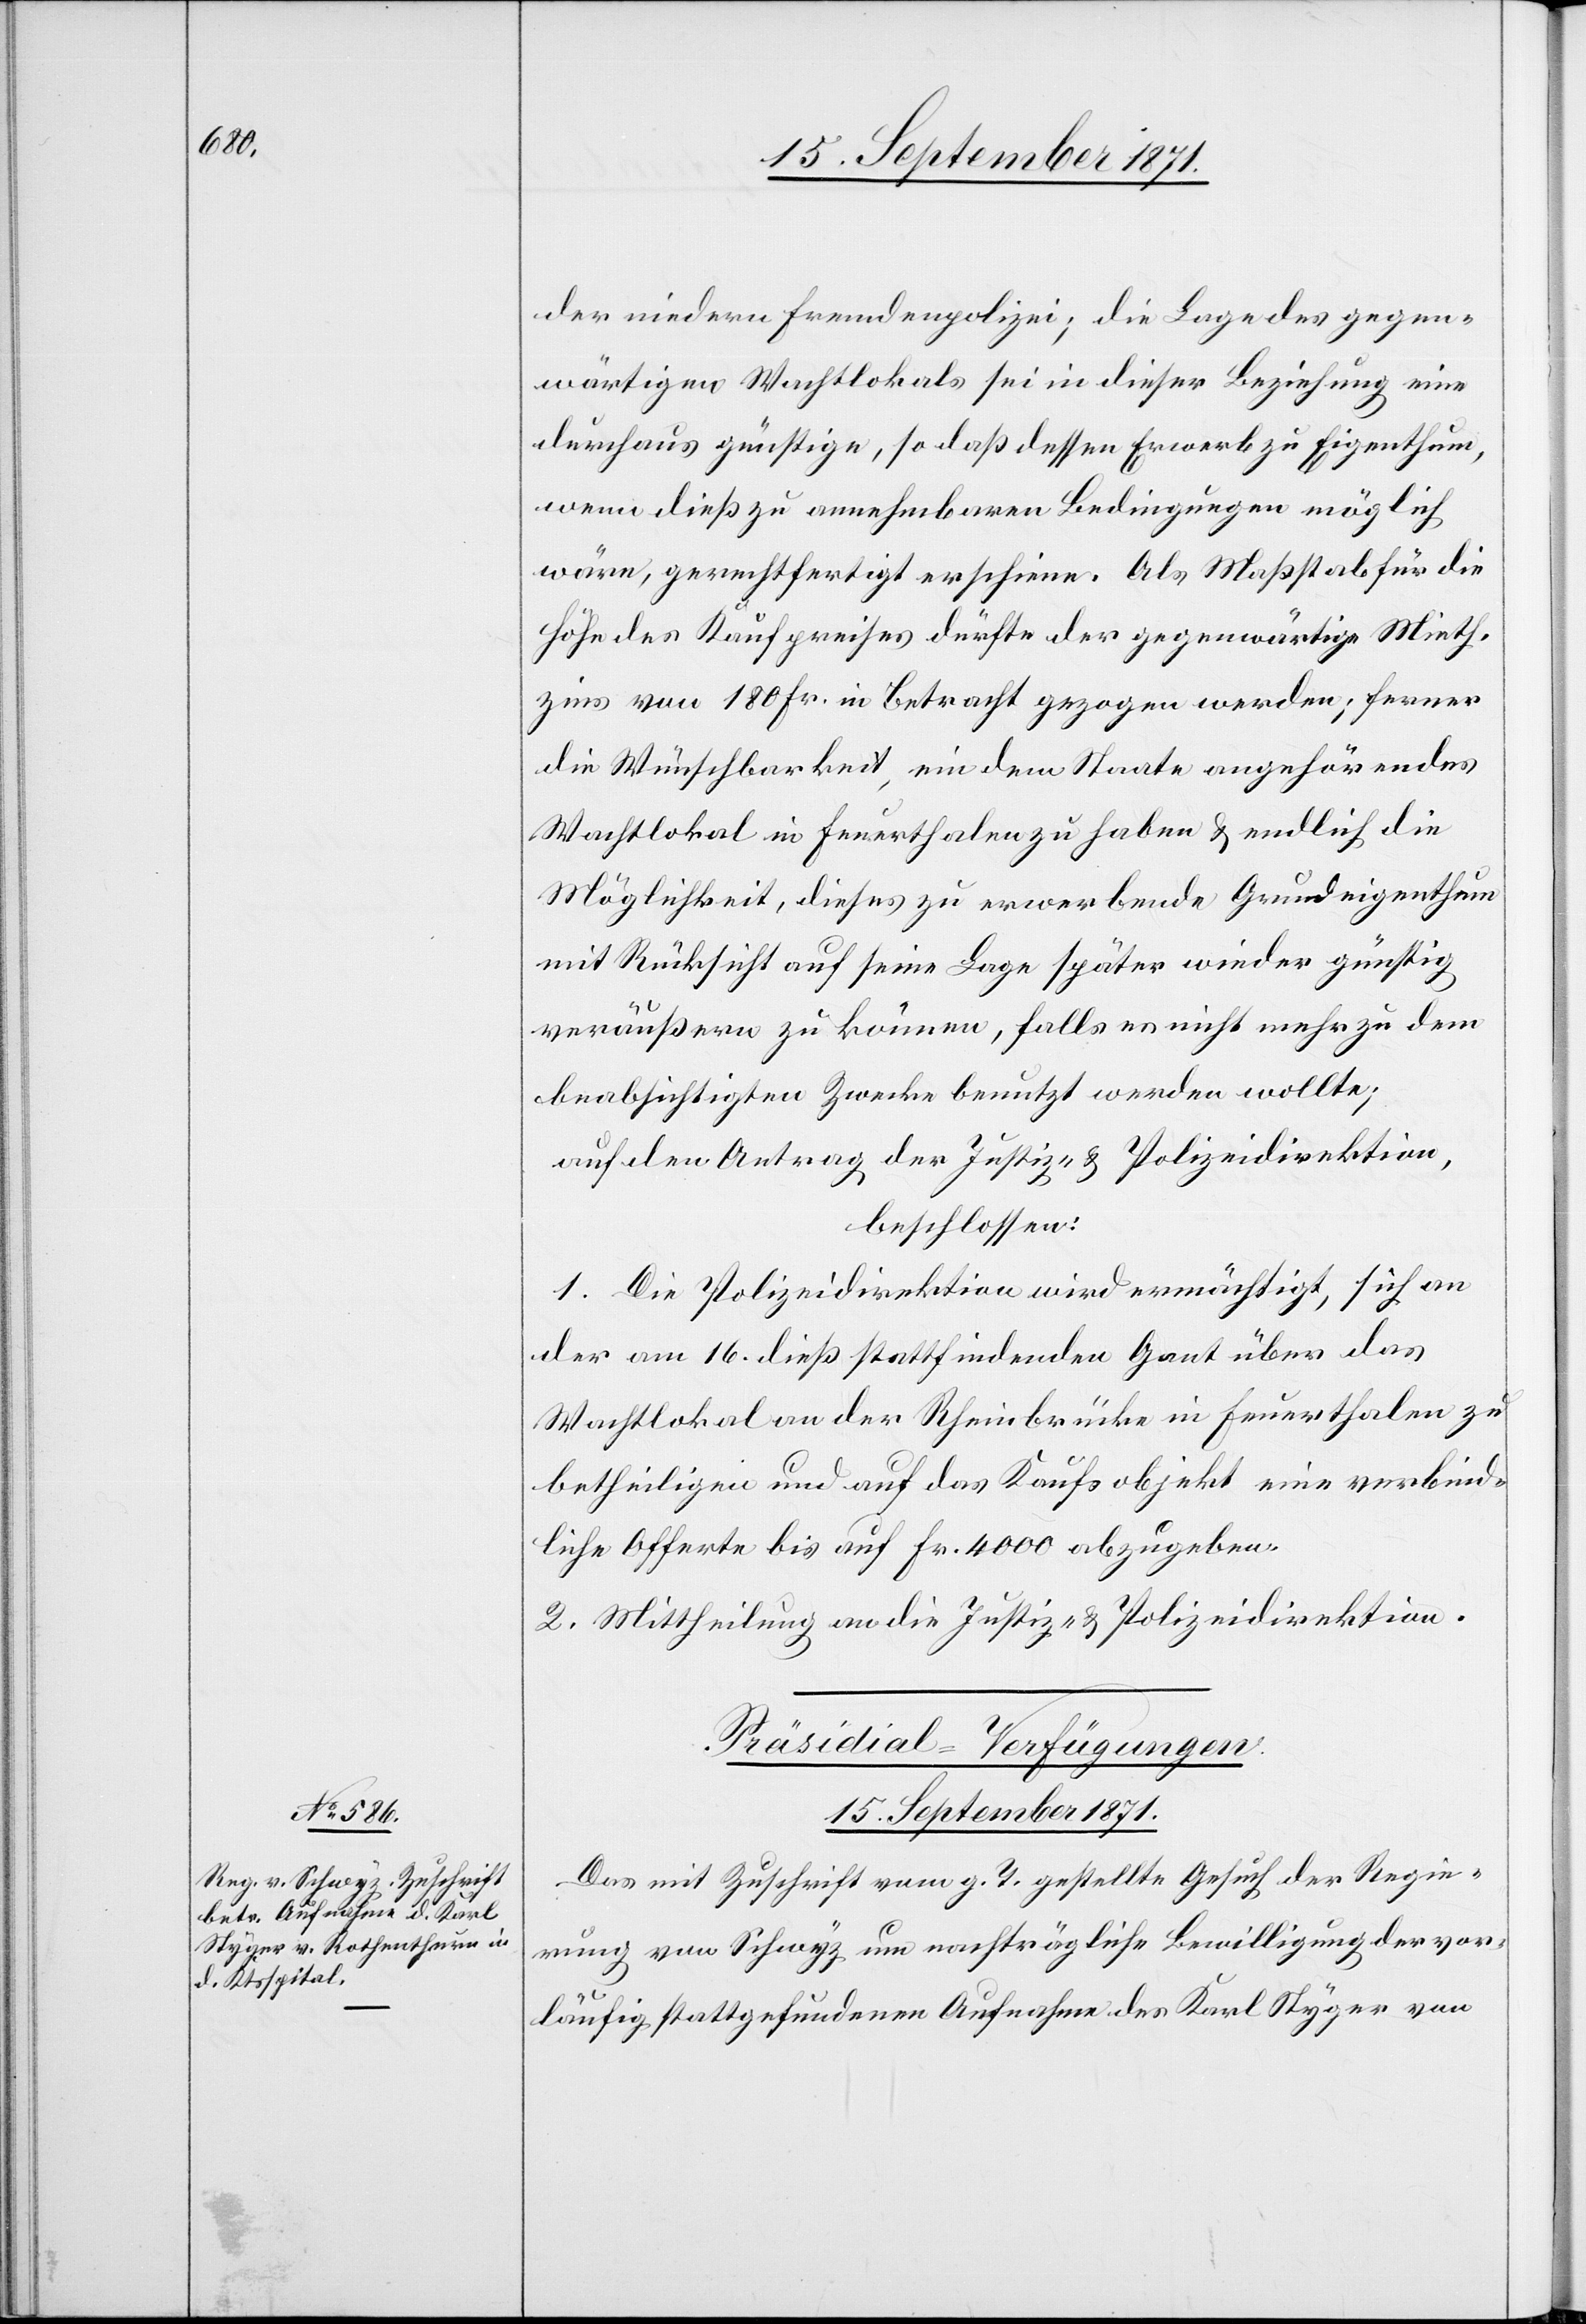
der niedern Fremdenpolizei; die Lage des gegen¬
wärtigen Wachtlokals sei in dieser Beziehung eine
durchaus günstige, so daß dessen Erwerb zu Eigenthum,
wenn dieß zu annehmbaren Bedingungen möglich
wäre, gerechtfertigt erscheine. Als Maßstab für die
Höhe des Kaufpreises dürfte der gegenwärtige Mieth¬
zins von 180 Fr. in Betracht gezogen werden; ferner
die Wünschbarkeit, ein dem Staate angehörendes
Wachtlokal in Feuerthalen zu haben & endlich die
Möglichkeit, dieses zu erwerbende Grundeigenthum
mit Rücksicht auf seine Lage später wieder günstig
veräußern zu können, falls es nicht mehr zu dem
beabsichtigten Zwecke benutzt werden wollte;
auf den Antrag der Justiz & Polizeidirektion,
beschlossen:
1. Die Polizeidirektion wird ermächtigt, sich an
der am 16. dieß stattfindenden Gant über das
Wachtlokal an der Rheinbrücke in Feuerthalen zu
betheiligen und auf das Kaufsobjekt eine verbind¬
liche Offerte bis auf Fr. 4000 abzugeben.
2. Mittheilung an die Justiz- & Polizeidirektion.
Präsidial-Verfügungen.
15. September 1871.
Das mit Zuschrift vom g. T. gestellte Gesuch der Regie¬
rung von Schwyz um nachträgliche Bewilligung der vor¬
läufig stattgefundenen Aufnahme des Karl Styger von